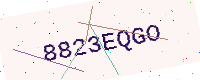
Text: 8823EQGO